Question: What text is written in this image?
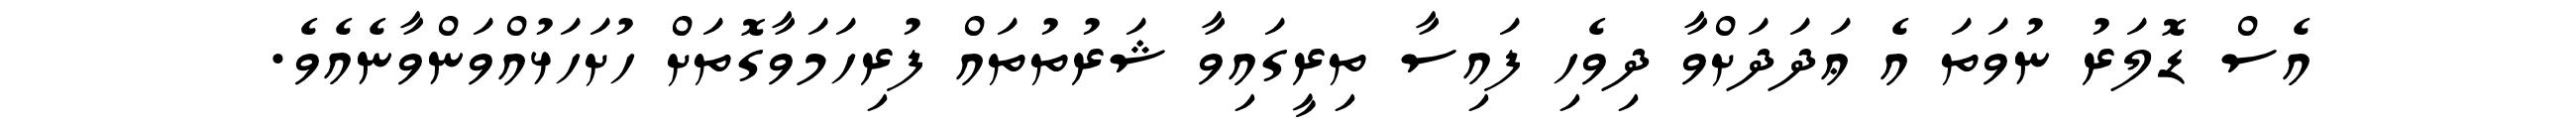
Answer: އެސް ޑޮލަރު ނުވަތަ އެ ޢަދަދަށްވާ ދިވެހި ފައިސާ ތިރީގައިވާ ޝަރުތުތައް ފުރިހަމަވާގޮތަށް ހުށަހަޅުއްވަންވާނެއެވެ.